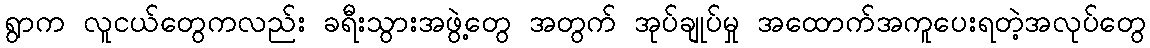
ရွာက လူငယ်တွေကလည်း ခရီးသွားအဖွဲ့တွေ အတွက် အုပ်ချုပ်မှု အထောက်အကူပေးရတဲ့အလုပ်တွေ